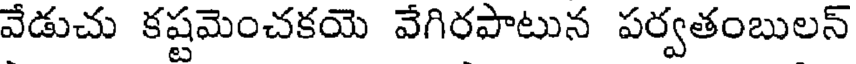
వేడుచు కష్టమెంచకయె వేగిరపాటున పర్వతంబులన్